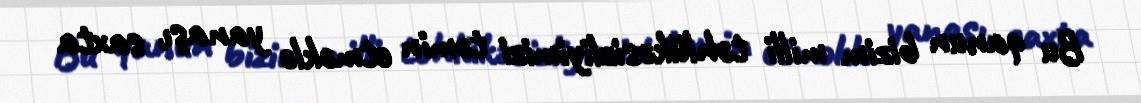
Bu qanun bizim milli təhlükəsizliyimizi təmin etməklə yanaşı, saxta